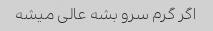
اگر گرم سرو بشه عالی میشه